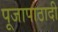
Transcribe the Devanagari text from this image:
पूजापाठादी